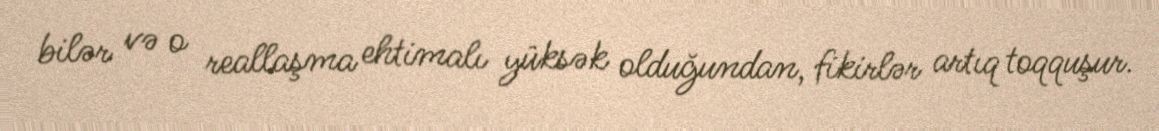
bilər və o reallaşma ehtimalı yüksək olduğundan, fikirlər artıq toqquşur.